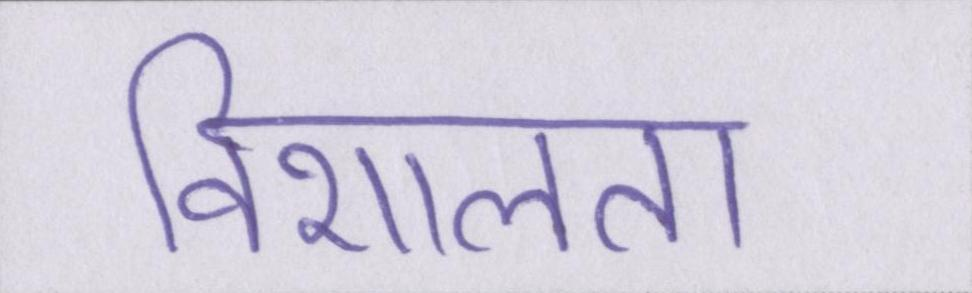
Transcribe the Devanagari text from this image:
विशालता